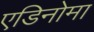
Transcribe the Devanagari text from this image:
एडिनोमा